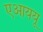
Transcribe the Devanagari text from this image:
एआययू